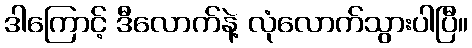
ဒါကြောင့် ဒီလောက်နဲ့ လုံလောက်သွားပါပြီ။